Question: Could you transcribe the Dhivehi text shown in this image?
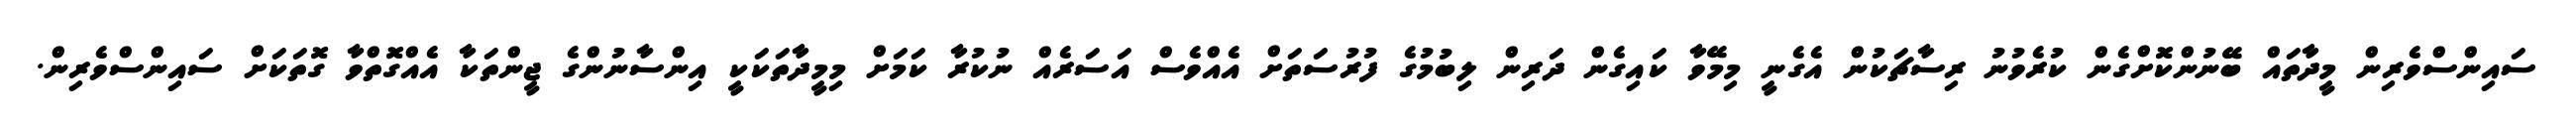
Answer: ސައިންސްވެރިން މީދާތައް ބޭނުންކޮށްގެން ކުރެވުނު ރިސާޗަކުން އެގެނީ މިމޭވާ ކައިގެން ދަރިން ލިބުމުގެ ފުރުސަތަށް އެއްވެސް އަސަރެއް ނުކުރާ ކަމަށް މިމީދާތަކަކީ އިންސާނުންގެ ޖީންތަކާ އެއްގޮތްވާ ގޮތަކަށް ސައިންސްވެރިން.